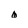
Character: o